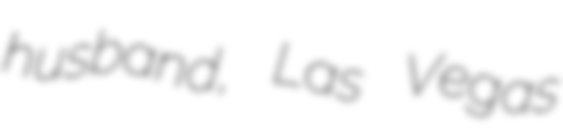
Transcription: husband, Las Vegas